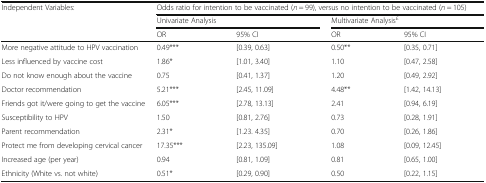
<table><thead><tr><td rowspan="3"><b>Independent Variables:</b></td><td colspan="4"><b>Odds ratio for intention to be vaccinated (<i>n</i> = 99), versus no intention to be vaccinated (<i>n</i> = 105)</b></td></tr><tr><td colspan="2"><b>Univariate Analysis</b></td><td colspan="2"><b>Multivariate Analysis<sup>£</sup></b></td></tr><tr><td><b>OR</b></td><td><b>95% CI</b></td><td><b>OR</b></td><td><b>95% CI</b></td></tr></thead><tbody><tr><td>More negative attitude to HPV vaccination</td><td>0.49***</td><td>[0.39, 0.63]</td><td>0.50**</td><td>[0.35, 0.71]</td></tr><tr><td>Less influenced by vaccine cost</td><td>1.86*</td><td>[1.01, 3.40]</td><td>1.10</td><td>[0.47, 2.58]</td></tr><tr><td>Do not know enough about the vaccine</td><td>0.75</td><td>[0.41, 1.37]</td><td>1.20</td><td>[0.49, 2.92]</td></tr><tr><td>Doctor recommendation</td><td>5.21***</td><td>[2.45, 11.09]</td><td>4.48**</td><td>[1.42, 14.13]</td></tr><tr><td>Friends got it/were going to get the vaccine</td><td>6.05***</td><td>[2.78, 13.13]</td><td>2.41</td><td>[0.94, 6.19]</td></tr><tr><td>Susceptibility to HPV</td><td>1.50</td><td>[0.81, 2.76]</td><td>0.73</td><td>[0.28, 1.91]</td></tr><tr><td>Parent recommendation</td><td>2.31*</td><td>[1.23. 4.35]</td><td>0.70</td><td>[0.26, 1.86]</td></tr><tr><td>Protect me from developing cervical cancer</td><td>17.35***</td><td>[2.23, 135.09]</td><td>1.08</td><td>[0.09, 12.45]</td></tr><tr><td>Increased age (per year)</td><td>0.94</td><td>[0.81, 1.09]</td><td>0.81</td><td>[0.65, 1.00]</td></tr><tr><td>Ethnicity (White vs. not white)</td><td>0.51*</td><td>[0.29, 0.90]</td><td>0.50</td><td>[0.22, 1.15]</td></tr></tbody></table>